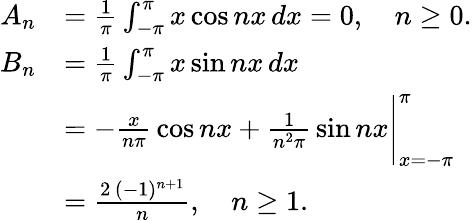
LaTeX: {\begin{array}{rl}{A_{n}}&{={\frac{1}{\pi}}\int_{-\pi}^{\pi}x\cos{nx}\, dx=0,\quad n\geq 0.}\\ {B_{n}}&{={\frac{1}{\pi}}\int_{-\pi}^{\pi}x\sin{nx}\, dx}\\ &{=-{\frac{x}{n\pi}}\cos{nx}+{\frac{1}{n^{2}\pi}}\sin{nx}{\Bigg\vert}_{x=-\pi}^{\pi}}\\ &{={\frac{2\, (-1)^{n+1}}{n}},\quad n\geq 1.}\end{array}}